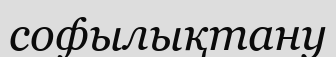
софылықтану